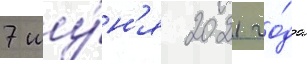
7 иу́н'я 2021 го́да